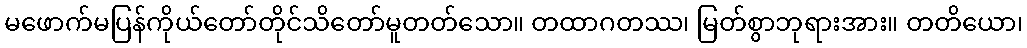
မဖောက်မပြန်ကိုယ်တော်တိုင်သိတော်မူတတ်သော။ တထာဂတဿ၊ မြတ်စွာဘုရားအား။ တတိယော၊